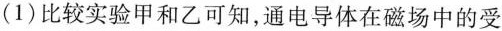
(1)比较实验甲和乙可知，通电导体在磁场中的受